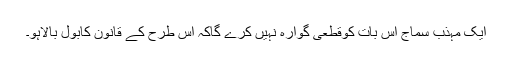
ایک مہذب سماج اس بات کوقطعی گوارہ نہیں کرے گاکہ اس طرح کے قانون کابول بالاہو۔